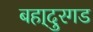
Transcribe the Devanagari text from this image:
बहा्दुरगड